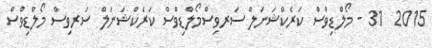
2015  31 - މޯލްޑިވްސް ކަރެކްޝަނަލް ސަރވިސްމޯލްޑިވްސް ކަރެކްޝަނަލް ސަރވިސް މޯލްޑިވްސް